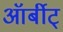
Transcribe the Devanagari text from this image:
ऑर्बीट्